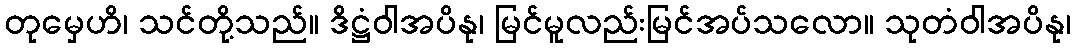
တုမှေဟိ၊ သင်တို့သည်။ ဒိဋ္ဌံဝါအပိနု၊ မြင်မူလည်းမြင်အပ်သလော။ သုတံဝါအပိနု၊